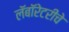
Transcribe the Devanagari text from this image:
लॅबॉरेटरीचे